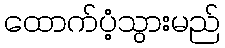
ထောက်ပံ့သွားမည်